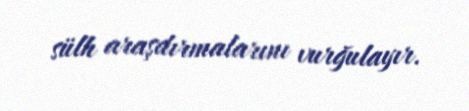
sülh araşdırmalarını vurğulayır.